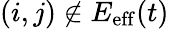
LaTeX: (i,j)\notin E_{\mathrm{eff}}(t)